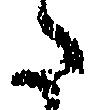
た